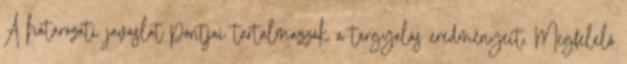
A határozati javaslat pontjai tartalmazzák a tárgyalás eredményeit. Megfelelő